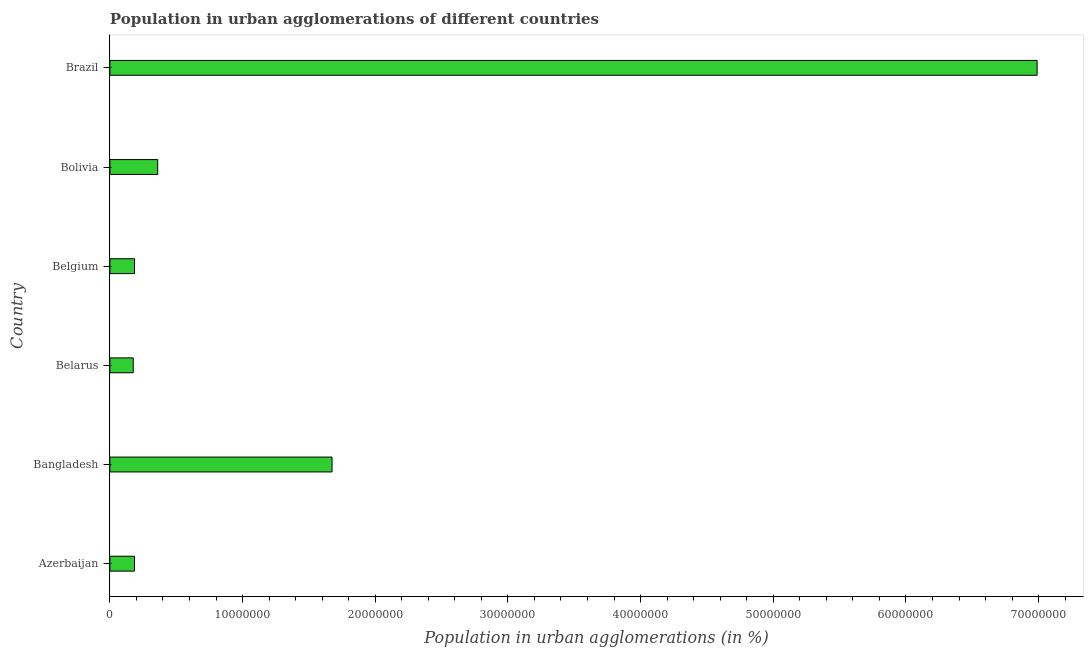
| Country | Population in urban agglomerations |
 | --- | --- |
 | Azerbaijan | 1.85e+06 |
 | Bangladesh | 1.67e+07 |
 | Belarus | 1.76e+06 |
 | Belgium | 1.86e+06 |
 | Bolivia | 3.6e+06 |
 | Brazil | 6.99e+07 |